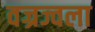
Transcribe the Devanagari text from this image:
वज्रज्वला